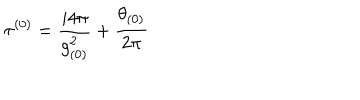
LaTeX: \tau ^ { ( 0 ) } = \frac { i 4 \pi } { g _ { ( 0 ) } ^ { 2 } } + \frac { \theta _ { ( 0 ) } } { 2 \pi }